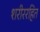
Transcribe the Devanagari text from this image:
शरीररहित